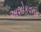
અશોકવનમ